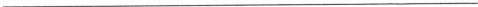
___